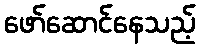
ဖော်ဆောင်နေသည့်